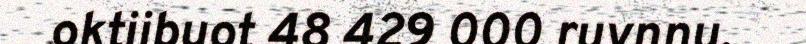
oktiibuot 48 429 000 ruvnnu.